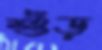
শুঁড়